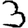
Digit: 3